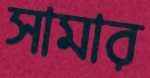
সামার